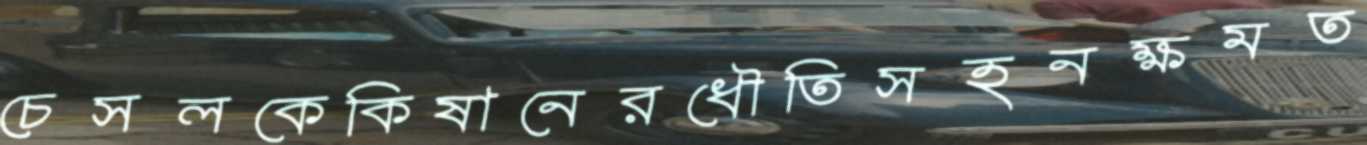
চেসলকেকিষানেরধৌতিসহনক্ষমত